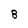
Character: B